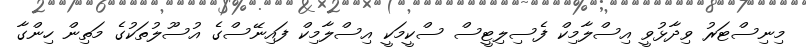
މިނިސްޓަރު ވިދާޅުވީ އިސްލާމިކް ފެސިލިޓީސް ސްކީމަކީ އިސްލާމިކް ފައިނޭސްގެ އުސޫލުތަކުގެ މަތިން ހިންގާ